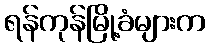
ရန်ကုန်မြို့ခံများက